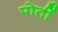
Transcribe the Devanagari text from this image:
पोतीं